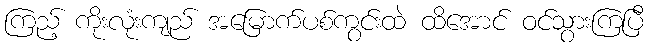
ကြည့် ကိုးလုံးကျည် အမြောက်ပစ်ကွင်းထဲ ထိအောင် ဝင်သွားကြပြီ